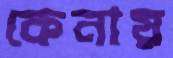
কেনায়